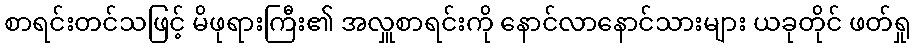
စာရင်းတင်သဖြင့် မိဖုရားကြီး၏ အလှူစာရင်းကို နောင်လာနောင်သားများ ယခုတိုင် ဖတ်ရှု